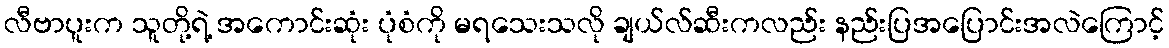
လီဗာပူးက သူတို့ရဲ့ အကောင်းဆုံး ပုံစံကို မရသေးသလို ချယ်လ်ဆီးကလည်း နည်းပြအပြောင်းအလဲကြောင့်